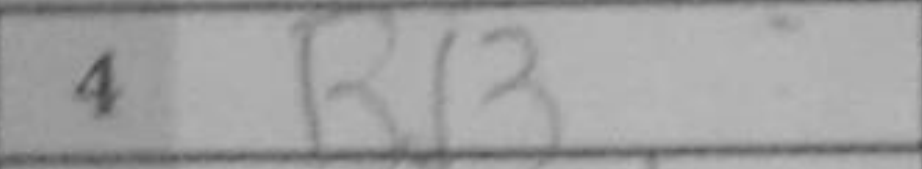
Transcription: Rd3